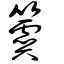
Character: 簴